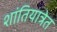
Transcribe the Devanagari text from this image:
शांतियात्रेत